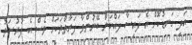
އަދި ގަނޑުކޮށް އެ ފައިސާ ދައްކަން ބޭނުންވާ ފަރާތްތަކަށް ވެސް އެ ފުރުސަތު